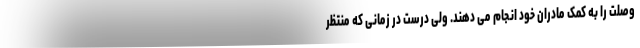
وصلت را به کمک مادران خود انجام می دهند. ولی درست در زمانی که منتظر